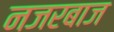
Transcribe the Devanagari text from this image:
नजरबाज